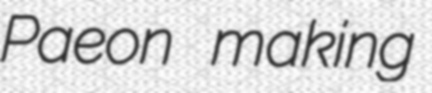
Paeon making